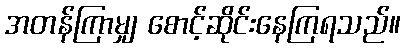
အတန်ကြာမျှ စောင့်ဆိုင်းနေကြရသည်။